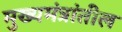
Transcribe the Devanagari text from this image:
मुख्यमंत्रांतील